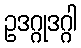
ဥဒဂ္ဂုဒဂ္ဂါ